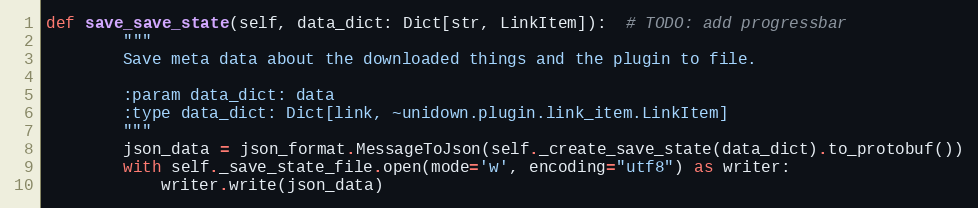
Language: Python
def save_save_state(self, data_dict: Dict[str, LinkItem]):  # TODO: add progressbar
        """
        Save meta data about the downloaded things and the plugin to file.

        :param data_dict: data
        :type data_dict: Dict[link, ~unidown.plugin.link_item.LinkItem]
        """
        json_data = json_format.MessageToJson(self._create_save_state(data_dict).to_protobuf())
        with self._save_state_file.open(mode='w', encoding="utf8") as writer:
            writer.write(json_data)